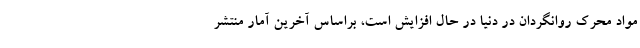
مواد محرک روانگردان در دنیا در حال افزایش است، براساس آخرین آمار منتشر